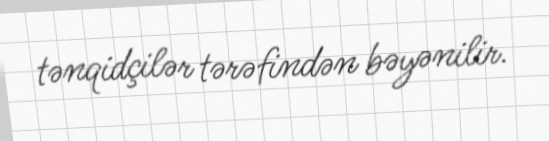
tənqidçilər tərəfindən bəyənilir.